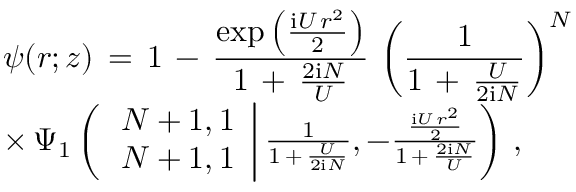
\begin{array} { l } { \displaystyle \psi ( \boldsymbol { r } ; z ) \, = \, 1 \, - \, \frac { \exp \left( \frac { \mathrm { i } U \, r ^ { 2 } } 2 \right) } { 1 \, + \, \frac { 2 \mathrm { i } N } U } \, \left( \frac 1 { 1 \, + \, \frac U { 2 \mathrm { i } N } } \right) ^ { N } \, } \\ { \times \, \Psi _ { 1 } \left( \left. \begin{array} { l } { N + 1 , 1 } \\ { N + 1 , 1 } \end{array} \right| \frac 1 { 1 \, + \, \frac U { 2 \mathrm { i } N } } , - \frac { \frac { \mathrm { i } U \, r ^ { 2 } } 2 } { 1 \, + \, \frac { 2 \mathrm { i } N } U } \right) \, , } \end{array}